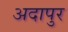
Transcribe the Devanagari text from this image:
अदापुर